Calcutta medical institutions reports 1892-1900
Year: 1892
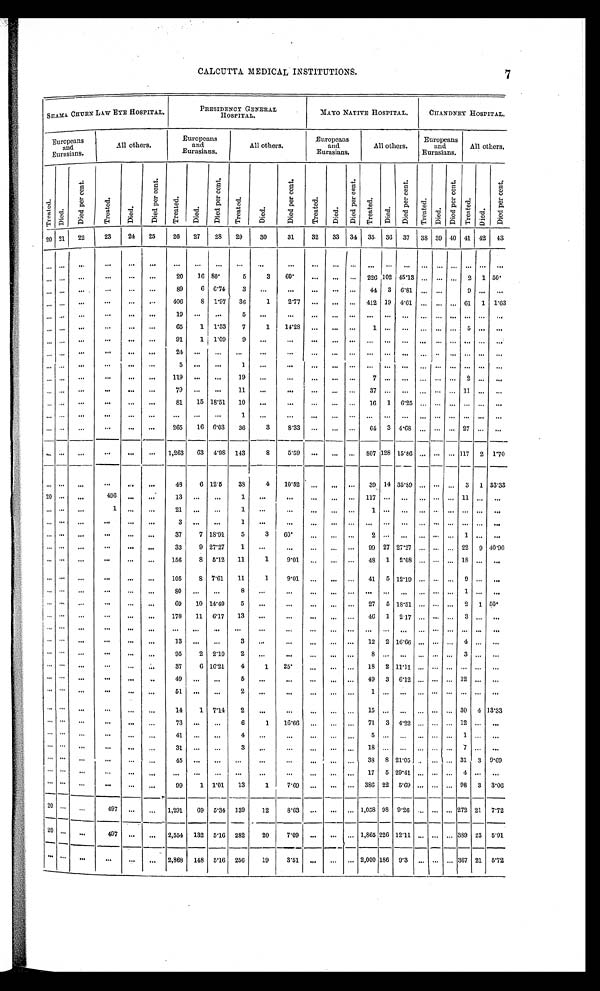
CALCUTTA MEDICAL INSTITUTIONS.
SHAMA CHURN LAW EYE HOSPITAL.
PRESIDENCY GENERAL
HOSPITAL.
MAYO NATIVE HOSPITAL.
CIIANDNEY HOSPITAL.
Europeans
and
Eurasians.
All others.
Europeans
and
Eurasians.
All others.
Europeans
and
Eurasians.
All others.
Europeans
and
Eurasians.
All others.
T r e a t e d .
D i e d .
D i e d p e r c e n t .
T r e a t e d .
D i e d .
D i e d p e r c e n t .
T r e a t e d .
D i e d .
D i e d p e r c e n t .
T r e a t e d .
D i e d .
D i e d p e r c e n t .
T r e a t e d .
D i e d .
D i e d p e r c e n t .
T r e a t e d .
Di ed.
D i e d p e r c e n t .
T r e a t e d .
Di ed.
D i e d p e r c e n t .
T r e a t e d .
D i e d .
D i e d p e r c e n t .
20 21
22
23
24
25
26
27
28
29
30
31
32
33 34 35 36 37 38 39 40 41 42 43
. . .
. . .
. . .
. . .
. . .
. . .
. . .
. . .
. . .
. . .
. . .
. . .
. . .
. . .
. . .
. . .
. . .
. . .
. . . . . . . . .
. . .
. . . . . .
. . . . . .
. . .
. . .
. . .
. . .
20
16 80.
5
3
60.
. . .
. . .
. . . 226 102 45.13 . . . . . . . . . 2 1 50.
. . . . . .
. . .
. . .
. . .
. . .
89
6 6.74
3
. . . . . .
. . .
. . .
. . . 44 3 6.81
. . . . . .
9
. . .
. . .
. . . . . .
. . . . . .
. . .
. . .
406
8 1.97
36
1
2.77
. . .
. . .
. . . 412 19 4.61
. . . . . . . . . 61 1 1.63
. . . . . .
. . .
. . .
. . .
. . .
19
. . .
. . .
5
. . .
. . .
. . .
. . .
. . .
. . . . . .
. . .
. . . . . . . . .
. . .
. . .
. . .
. . . . . .
. . .
. . .
. . .
. . .
65
1 1.53
7
1
14.28
. . .
. . .
. . .
1 . . .
. . .
. . . . . . . . .
5
. . .
. . .
. . . . . .
. . .
. . .
. . .
. . .
91
1 1.09
9
. . . . . .
. . .
. . .
. . .
. . .
. . .
. . .
. . . . . . . . .
. . .
. . .
. . .
. . . . . .
. . .
. . .
. . .
. . .
24
. . . . . .
. . .
. . .
. . .
. . .
. . .
. . .
. . . . . . . . .
. . . . . . . . .
. . .
. . .
. . .
. . .
. . .
. . .
. . .
. . .
. . .
5
. . . . . .
1 . . .
. . . . . .
. . .
. . .
. . .
. . .
. . .
. . . . . . . . .
. . .
. . . . . .
. . . . . .
. . .
. . .
. . .
. . .
119
. . .
. . .
19
. . .
. . .
. . .
. . .
. . .
7 . . .
. . .
. . . . . . . . .
2
. . . . . .
. . . . . .
. . .
. . .
. . .
. . .
79
. . .
. . .
11
. . .
. . . . . .
. . .
. . . 37 . . .
. . .
. . . . . . . . . 11
. . .
. . .
. . . . . .
. . .
. . .
. . .
. . .
81
15 18.51
10
. . .
. . .
. . .
. . .
. . .
16 1 6.25 . . . . . . . . .
. . .
. . .
. . .
. . . . . .
. . .
. . .
. . .
. . .
. . .
. . . . . .
1
. . .
. . . . . .
. . .
. . .
. . .
. . .
. . . . . . . . . . . .
. . .
. . . . . .
. . . . . .. . .
. . .
. . .
. . .
265
16 6.03
36
3
8.33
. . .
. . .
. . .
64 3 4.68
. . . . . . . . . 27
. . .
. . .
. . . . . .
. . .
. . .
. . .
. . .
1,263
63 4.98 143
8
5.59
. . .
. . .
. . . 807 128 15.86 . . . . . . . . . 117 2 1.70
. . . . . .
. . .
. . .
. . .
. . .
49
6 12.5
38
4
10.62
. . .
. . .
. . .
39 14 35.89 . . . . . . . . . 3 1 33.33
20
. . .
. . .
496
. . .
. . .
13
. . .
. . .
1
. . . . . .
. . .
. . .
. . .
1 1 7
. . .
. . .
. . . . . . . . .
1 1
. . .
. . .
. . . . . .
. . .
1
. . .
. . .
21
. . . . . .
1
. . . . . .
. . .
. . .
. . .
1 . . .
. . .
. . . . . . . . .
. . .
. . .
. . .
. . . . . .
. . .
. . .
. . .
. . .
3
. . . . . .
1
. . .
. . . . . .
. . .
. . .
. . . . . .
. . .
. . . . . . . . .
. . .
. . .
. . .
. . . . . .
. . .
. . .
. . .
. . .
3 7
7 18.91
5
3
60.
. . . . . .
. . .
2 . . .
. . .
. . . . . . . . .
1
. . .
. . .
. . . . . .
. . .
. . .
. . .
. . .
33
9 27.27
1
. . .
. . .
. . .
. . .
. . .
99 27 27.27 . . . . . . . . . 22
9 40.90
. . . . . .
. . .
. . .
. . .
. . .
156
8 5.12
11
1
9.01
. . . . . .
. . .
48 1 2.08 . . . . . . . . . 18
. . .
. . .
. . . . . .
. . .
. . .
. . .
. . .
105
8 7.61
11
1
9.01
. . .
. . .
. . . 41 5 12.19 . . . . . . . . .
9
. . . . . .
. . . . . .
. . .
. . .
. . .
. . .
8 0
. . .
. . .
8
. . .
. . . . . .
. . .
. . .
. . .
. . .
. . .
. . . . . . . . .
1
. . . . . .
. . . . . .
. . .
. . .
. . .
. . .
69
10 14.49
5
. . .
. . . . . .
. . .
. . . 27 5 18.51 . . . . . . . . . 2 1 50.
. . . . . .
. . .
. . .
. . .
. . .
178
11 6.17
13
. . .
. . .
. . .
. . .
. . .
46 1 2.17 . . . . . . . . .
3
. . .
. . .
. . . . . .
. . .
. . .
. . .
. . .
. . .
. . . . . .
. . .
. . .
. . . . . .
. . .
. . .
. . .
. . .
. . .
. . . . . . . . .
. . .
. . . . . .
. . . . . .
. . .
. . .
. . .
. . .
13
. . .
. . .
3
. . .
. . .
. . .
. . .
. . .
12 2 16.66 . . . . . . . . .
4
. . . . . .
. . . . . .
. . .
. . .
. . .
. . .
95
2 2.10
2
. . .
. . .
. . .
. . .
. . .
8
. . .
. . .
. . . . . . . . . 3
. . . . . .
. . . . . .
. . .
. . .
. . .
. . . 37
6 16.21
4
1
25.
. . .
. . .
. . .
1 8
2
1 1 . 1 1
. . . . . . . . .
. . .
. . . . . .
. . . . . .
. . .
. . .
. . .
. . . 49
. . .
. . .
5
. . .
. . .
. . .
. . .
. . .
49 3 6.12 . . . . . . . . . 12
. . .
. . .
. . . . . .
. . .
. . .
. . .
. . .
5 1
. . .
. . .
2 . . .
. . .
. . .
. . .
. . .
1
. . .
. . .
. . . . . . . . .
. . .
. . . . . .
. . . . . .
. . .
. . .
. . .
. . . 14
1 7.14
2
. . .
. . . . . .
. . .
. . .
15
. . . . . .
. . . . . . . . . 30 4 13.33
. . . . . .
. . . . . .
. . .
. . . 73
. . .
. . .
6
1
16.66
. . .
. . .
. . .
71 3 4.22 . . . . . . . . . 12
. . .
. . .
. . . . . .
. . .
. . .
. . .
. . .
41
. . .
. . .
4
. . .
. . .
. . .
. . .
. . .
5
. . .
. . .
. . . . . . . . .
1
. . . . . .
. . . . . .
. . .
. . .
. . .
. . .
31
. . .
. . .
3
. . .
. . .
. . .
. . .
. . .
1 8
. . .
. . .
. . . . . . . . .
7
. . . . . .
. . . . . .
. . .
. . .
. . .
. . .
4 5 . . .
. . .
. . .
. . .
. . .
. . .
. . .
. . . 38 8 21.05 . . . . . . . . . 31 3 9.69
. . . . . .
. . .
. . .
. . .
. . .
. . .
. . .
. . .
. . .
. . .
. . .
. . .
. . .
. . . 17 5 29.41 . . . . . . . . . 4
. . .
. . .
. . . . . .
. . .
. . .
. . .
. . .
99
1 1.01
13
1
7.69
. . .
. . .
. . . 386 22 5.69 . . . . . . . . . 98 3 3.06
20
. . .
. . .
497
. . .
. . .
1,291
69
5 . 3 4 .
139
12
8 . 6 3 . . .
. . .
. . . 1,058 98 9.26 . . . . . . . . . 272 21 7.72
20
. . .
. . .
497
. . .
. . . 2,554 132 5.16 282
20
7.09
. . .
. . .
. . . 1,865 226 12.11 . . . . . . . . . 389 23 5.91
. . . . . .
. . .
. . .
. . .
. . .
2,868 148 5.16
2 5 6
19
3.51
. . .
. . . . . . 2,000 186 9.3 . . . . . . . . . 367 21 5.72
7